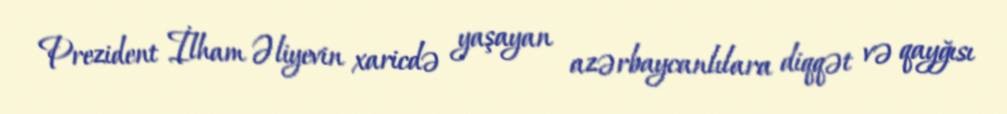
Prezident İlham Əliyevin xaricdə yaşayan azərbaycanlılara diqqət və qayğısı